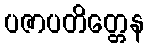
ပဇာပတိတ္တေန